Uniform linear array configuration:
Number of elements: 24
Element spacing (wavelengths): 1
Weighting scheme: cosine
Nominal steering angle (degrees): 15
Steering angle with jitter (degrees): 16.997
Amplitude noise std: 0.05
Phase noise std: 0.05

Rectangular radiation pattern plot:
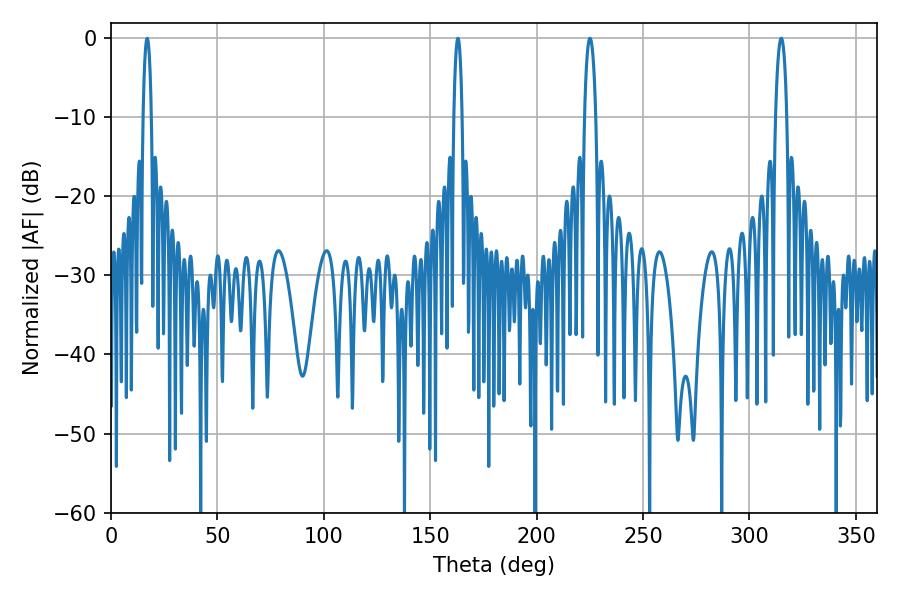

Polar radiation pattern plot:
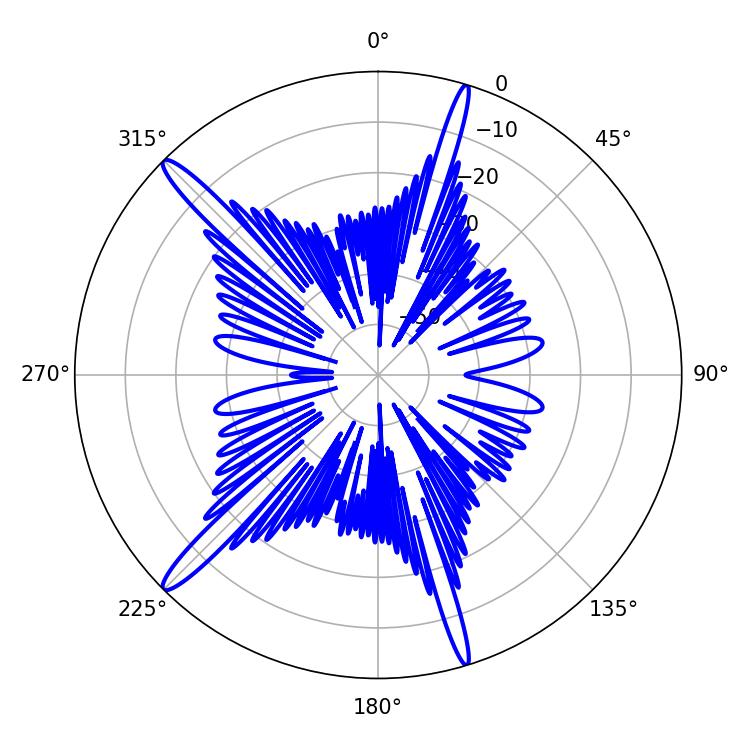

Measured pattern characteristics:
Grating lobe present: TRUE
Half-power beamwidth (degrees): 3.06
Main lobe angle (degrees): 225